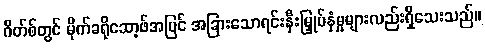
ဂိတ်စ်တွင် မိုက်ခရိုဆော့ဖ်အပြင် အခြားသောရင်းနှီးမြှုပ်နှံမှုများလည်းရှိသေးသည်။